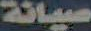
صيانة